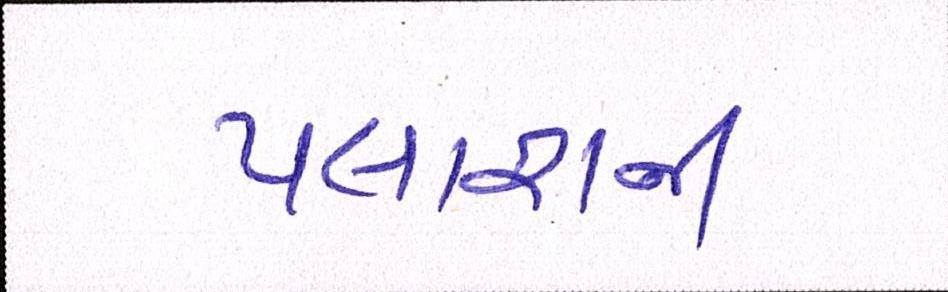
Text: પલાશની